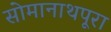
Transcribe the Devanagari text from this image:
सोमानाथपूरा